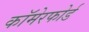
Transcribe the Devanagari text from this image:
कॉमेरफोर्ड